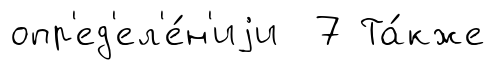
опр'ед'ел'е́н'иjи 7 Та́кже